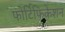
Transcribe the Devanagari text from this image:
फोर्टिफिकेशन